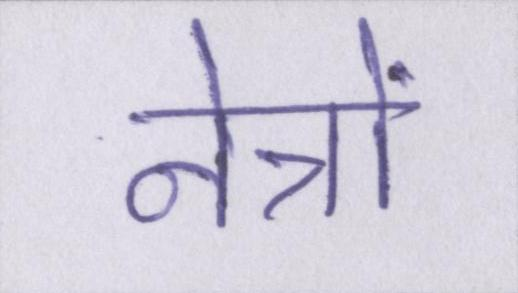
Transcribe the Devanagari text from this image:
नेत्रों